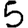
Digit: 5